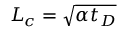
L _ { c } = \sqrt { \alpha t _ { D } }